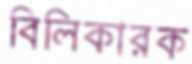
বিলিকারক